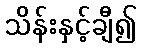
သိန်းနှင့်ချီ၍